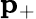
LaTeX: \mathbf{p}_{+}